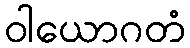
ဝါယောဂတံ